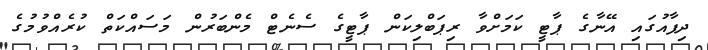
ދިފާއުގައި އޭނާގެ ޕާޓީ ކަމަށްވާ ރިޕަބްލިކަން ޕާޓީގެ ސެނެޓް މެންބަރުން މަސައްކަތް ކުރެއްވުމުގެ